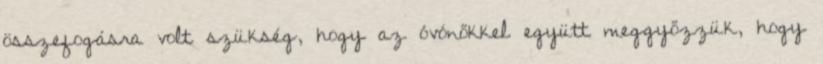
összefogásra volt szükség, hogy az óvónőkkel együtt meggyőzzük, hogy